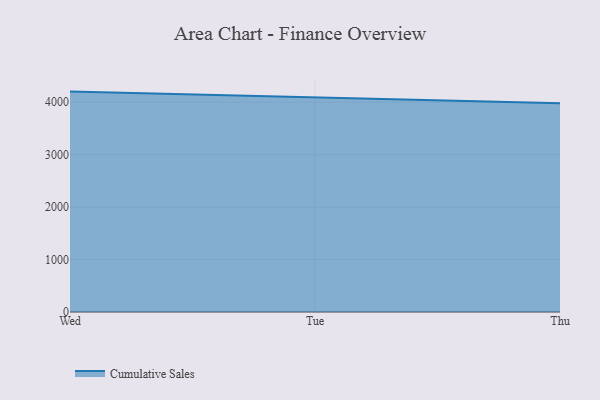
{"axis": {"x": "Day", "y": "Headcount"}, "legend": ["Cumulative Sales"], "data": [{"x": "Wed", "y": 4202.7, "type": "Cumulative Sales"}, {"x": "Tue", "y": 4087.9, "type": "Cumulative Sales"}, {"x": "Thu", "y": 3979.2, "type": "Cumulative Sales"}]}